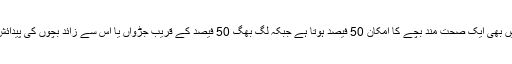
ماہرین کے مطابق 3 بچوں کی پیدائش میں بھی ایک صحت مند بچے کا امکان 50 فیصد ہوتا ہے جبکہ لگ بھگ 50 فیصد کے قریب جڑواں یا اس سے زائد بچوں کی پیدائش کی کوشش اسقاط حمل پر ختم ہوتی ہے۔